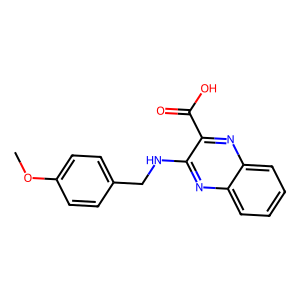
SMILES: COc1ccc(CNc2nc3ccccc3nc2C(=O)O)cc1
Inhibits HIV replication: No